Indian journal of veterinary science and animal husbandry - Volume 6,
Year: 1936
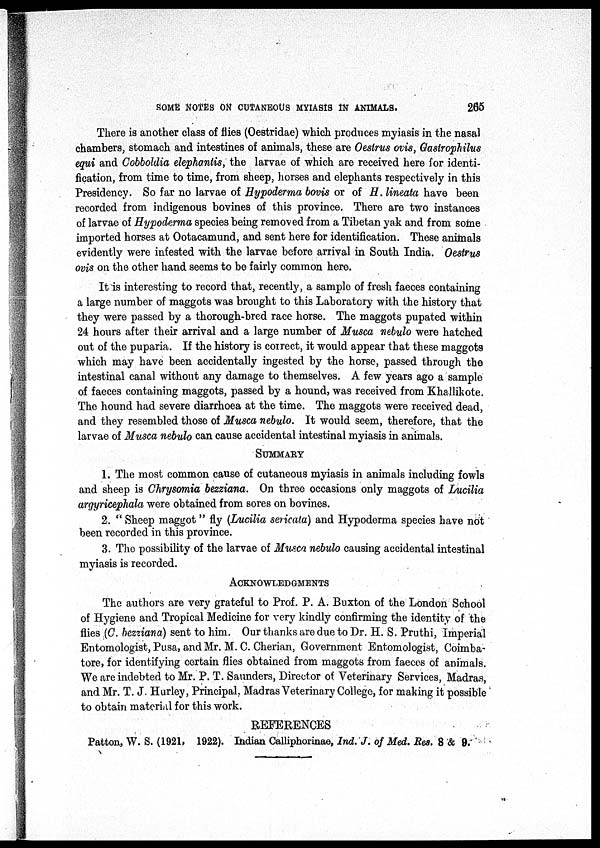
SOME NOTES ON CUTANEOUS MYIASIS IN ANIMALS.
265
There is another class of flies (Oestridae) which produces myiasis in the nasal
chambers, stomach and intestines of animals, these are Oestrus ovis, Gastrophilus
equi and Cobboldia elephantis, the larvae of which are received here for identi-
fication, from time to time, from sheep, horses and elephants respectively in this
Presidency. So far no larvae of Hypoderma bovis or of H. lineata have been
recorded from indigenous bovines of this province. There are two instances
of larvae of Hypoderma species being removed from a Tibetan yak and from some
imported horses at Ootacamund, and sent here for identification. These animals
evidently were infested with the larvae before arrival in South India. Oestrus
ovis on the other hand seems to be fairly common here.
It is interesting to record that, recently, a sample of fresh faeces containing
a large number of maggots was brought to this Laboratory with the history that
they were passed by a thorough-bred race horse. The maggots pupated within
24 hours after their arrival and a large number of Musca nebulo were hatched
out of the puparia. If the history is correct, it would appear that these maggots
which may have been accidentally ingested by the horse, passed through the
intestinal canal without any damage to themselves. A few years ago a sample
of faeces containing maggots, passed by a hound, was received from Khallikote.
The hound had severe diarrhoea at the time. The maggots were received dead,
and they resembled those of Musca nebulo. It would seem, therefore, that the
larvae of Musca nebulo can cause accidental intestinal myiasis in animals.
SUMMARY
1. The most common cause of cutaneous myiasis in animals including fowls
and sheep is Chrysomia bezziana. On three occasions only maggots of Lucilia
argyricephala were obtained from sores on bovines.
2. " Sheep maggot" fly (Lucilia sericata) and Hypoderma species have not
been recorded in this province.
3. The possibility of the larvae of Musca nebulo causing accidental intestinal
myiasis is recorded.
ACKNOWLEDGMENTS
The authors are very grateful to Prof. P. A. Buxton of the London School
of Hygiene and Tropical Medicine for very kindly confirming the identity of the
flies (C. bezziana) sent to him. Our thanks are due to Dr. H. S. Pruthi, Imperial
Entomologist, Pusa, and Mr. M. C. Cherian, Government Entomologist, Coimba¬
tore, for identifying certain flies obtained from maggots from faeces of animals.
We are indebted to Mr. P. T. Saunders, Director of Veterinary Services, Madras,
and Mr. T. J. Hurley, Principal, Madras Veterinary College, for making it possible
to obtain material for this work.
REFERENCES
Patton, W. S. (1921, 1922). Indian Calliphorinae, Ind. J. of Med. Res. 8 & 9.